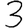
Digit: 3